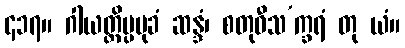
၄၁၇။ ဂါယတ္တိပ္ပမုခံ ဆန္ဒံ၊ စတုဝီသ’က္ခရံ တု ယံ။